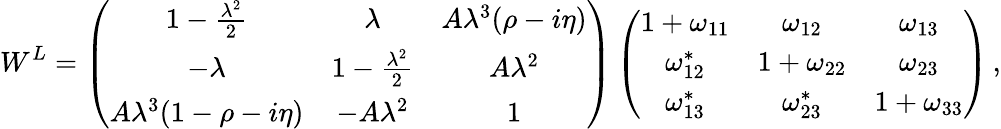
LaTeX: W^{L}=\left(\begin{array}{ccc}{{1-\frac{\lambda^{2}}{2}}}&{{\lambda}}&{{A\lambda^{3}(\rho-i\eta)}}\\ {{-\lambda}}&{{1-\frac{\lambda^{2}}{2}}}&{{A\lambda^{2}}}\\ {{A\lambda^{3}(1-\rho-i\eta)}}&{{-A\lambda^{2}}}&{{1}}\end{array}\right)\left(\begin{array}{ccc}{{1+\omega_{11}}}&{{\omega_{12}}}&{{\omega_{13}}}\\ {{\omega_{12}^{*}}}&{{1+\omega_{22}}}&{{\omega_{23}}}\\ {{\omega_{13}^{*}}}&{{\omega_{23}^{*}}}&{{1+\omega_{33}}}\end{array}\right)\, ,